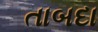
તાબદા